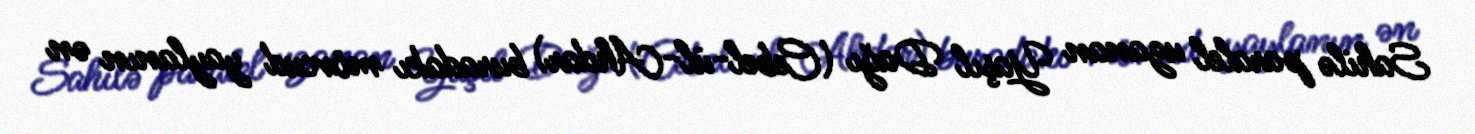
Sahilə paralel uzanan Yaşıl Dağı (Cebel-ül-Ahdar) buradakı mövcud yaylanın ən